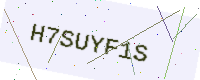
Text: H7SUYF1S